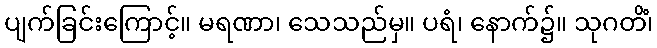
ပျက်ခြင်းကြောင့်။ မရဏာ၊ သေသည်မှ။ ပရံ၊ နောက်၌။ သုဂတိံ၊